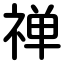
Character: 禅